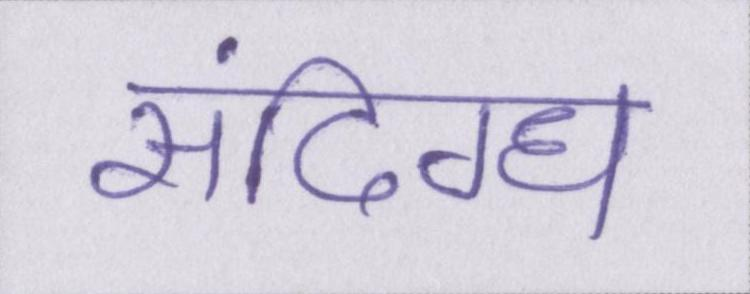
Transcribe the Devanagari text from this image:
संदिग्ध